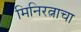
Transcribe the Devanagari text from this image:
मिनिरत्नाचा